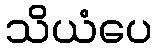
သိယံပေ